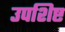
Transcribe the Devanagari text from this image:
उपशिष्ट